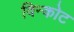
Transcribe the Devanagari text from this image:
विन्कोट